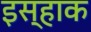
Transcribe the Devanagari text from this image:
इस्हाक